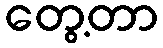
တွေ့တာ